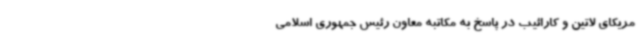
مریکای لاتین و کارائیب در پاسخ به مکاتبه معاون رئیس جمهوری اسلامی